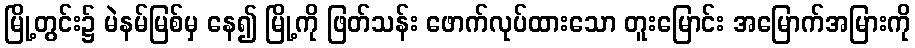
မြို့တွင်း၌ မဲနမ်မြစ်မှ နေ၍ မြို့ကို ဖြတ်သန်း ဖောက်လုပ်ထားသော တူးမြောင်း အမြောက်အမြားကို